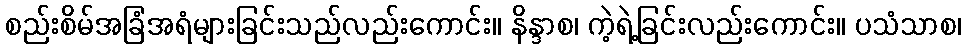
စည်းစိမ်အခြံအရံများခြင်းသည်လည်းကောင်း။ နိန္ဒာစ၊ ကဲ့ရဲ့ခြင်းလည်းကောင်း။ ပသံသာစ၊